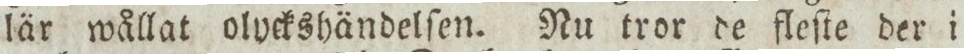
lär wållat olyckshändelſen. Nu tror de fleſte der i